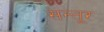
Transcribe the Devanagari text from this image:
सन्तूर